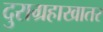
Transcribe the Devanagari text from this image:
दुराग्रहाखातर